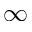
\infty